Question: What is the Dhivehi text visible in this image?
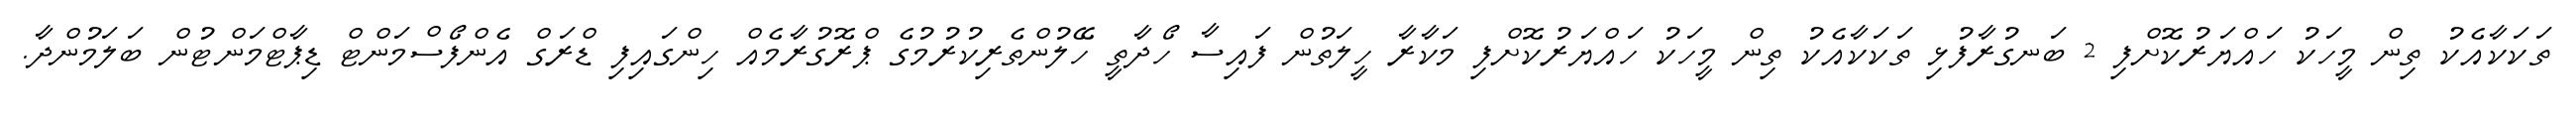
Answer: ތަކަކާއެކު ތިން މީހަކު ހައްޔަރުކޮށްފި 2 ބަނގުރާފުޅި ތަކަކާއެކު ތިން މީހަކު ހައްޔަރުކޮށްފި މަކާރާ ހީލަތުން ފައިސާ ހޯދާތީ ހޭލުންތެރިކުރުމުގެ ޕްރޮގުރާމެއް ހިންގައިފި ޑްރަގް އެންފޯސްމަންޓް ޑިޕާޓްމަންޓުން ބަލަމުންދާ.